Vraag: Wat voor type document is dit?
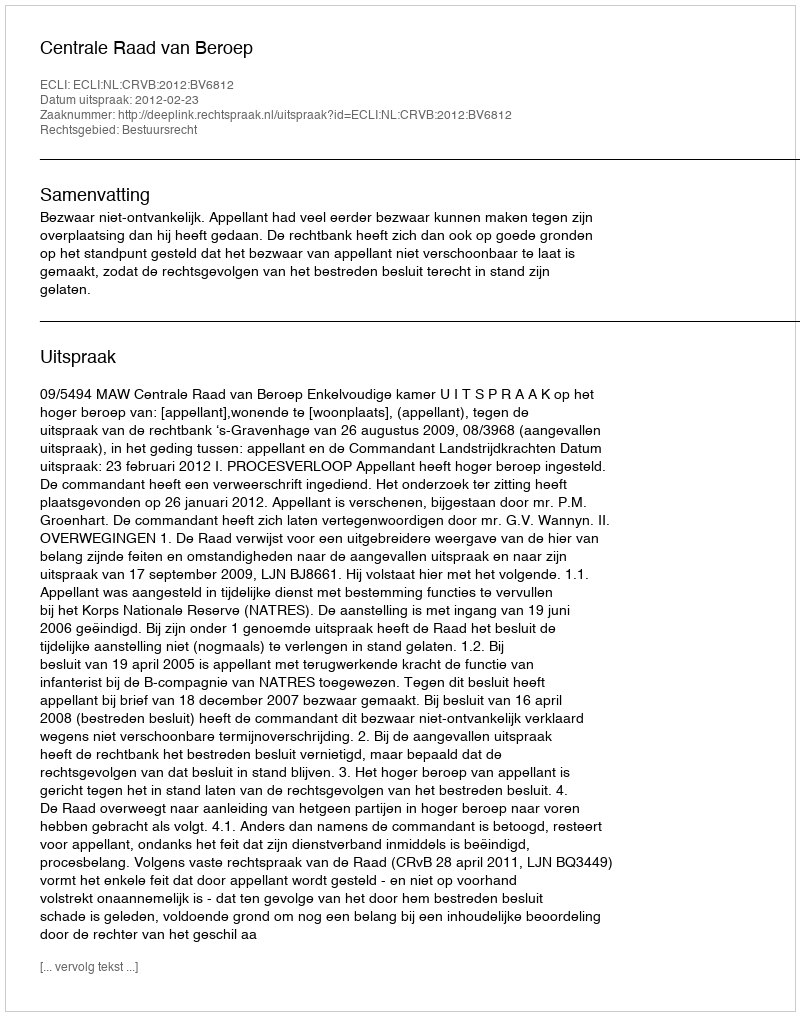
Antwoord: Uitspraak